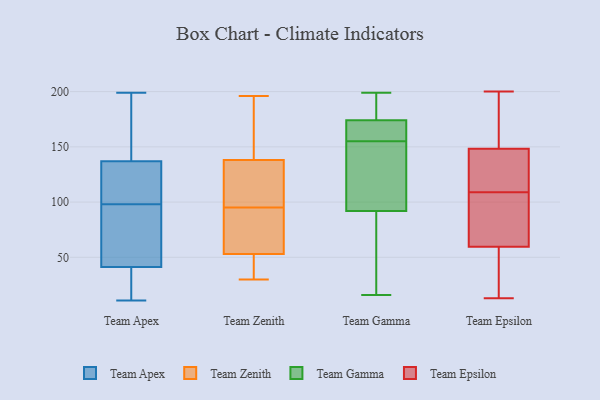
{"axis": {"x": "Satisfaction Score", "y": "Value"}, "legend": ["Team Apex", "Team Epsilon", "Team Gamma", "Team Zenith"], "data": [{"x": "", "y": 142, "type": "Team Apex"}, {"x": "", "y": 11, "type": "Team Apex"}, {"x": "", "y": 122, "type": "Team Apex"}, {"x": "", "y": 199, "type": "Team Apex"}, {"x": "", "y": 53, "type": "Team Apex"}, {"x": "", "y": 24, "type": "Team Apex"}, {"x": "", "y": 42, "type": "Team Apex"}, {"x": "", "y": 98, "type": "Team Apex"}, {"x": "", "y": 101, "type": "Team Apex"}, {"x": "", "y": 167, "type": "Team Apex"}, {"x": "", "y": 41, "type": "Team Apex"}, {"x": "", "y": 131, "type": "Team Zenith"}, {"x": "", "y": 87, "type": "Team Zenith"}, {"x": "", "y": 136, "type": "Team Zenith"}, {"x": "", "y": 53, "type": "Team Zenith"}, {"x": "", "y": 84, "type": "Team Zenith"}, {"x": "", "y": 160, "type": "Team Zenith"}, {"x": "", "y": 135, "type": "Team Zenith"}, {"x": "", "y": 56, "type": "Team Zenith"}, {"x": "", "y": 196, "type": "Team Zenith"}, {"x": "", "y": 51, "type": "Team Zenith"}, {"x": "", "y": 44, "type": "Team Zenith"}, {"x": "", "y": 140, "type": "Team Zenith"}, {"x": "", "y": 193, "type": "Team Zenith"}, {"x": "", "y": 153, "type": "Team Zenith"}, {"x": "", "y": 43, "type": "Team Zenith"}, {"x": "", "y": 53, "type": "Team Zenith"}, {"x": "", "y": 103, "type": "Team Zenith"}, {"x": "", "y": 30, "type": "Team Zenith"}, {"x": "", "y": 111, "type": "Team Zenith"}, {"x": "", "y": 61, "type": "Team Zenith"}, {"x": "", "y": 172, "type": "Team Gamma"}, {"x": "", "y": 199, "type": "Team Gamma"}, {"x": "", "y": 103, "type": "Team Gamma"}, {"x": "", "y": 155, "type": "Team Gamma"}, {"x": "", "y": 160, "type": "Team Gamma"}, {"x": "", "y": 55, "type": "Team Gamma"}, {"x": "", "y": 16, "type": "Team Gamma"}, {"x": "", "y": 103, "type": "Team Gamma"}, {"x": "", "y": 89, "type": "Team Gamma"}, {"x": "", "y": 158, "type": "Team Gamma"}, {"x": "", "y": 180, "type": "Team Gamma"}, {"x": "", "y": 189, "type": "Team Gamma"}, {"x": "", "y": 93, "type": "Team Gamma"}, {"x": "", "y": 131, "type": "Team Epsilon"}, {"x": "", "y": 140, "type": "Team Epsilon"}, {"x": "", "y": 151, "type": "Team Epsilon"}, {"x": "", "y": 67, "type": "Team Epsilon"}, {"x": "", "y": 31, "type": "Team Epsilon"}, {"x": "", "y": 122, "type": "Team Epsilon"}, {"x": "", "y": 154, "type": "Team Epsilon"}, {"x": "", "y": 13, "type": "Team Epsilon"}, {"x": "", "y": 174, "type": "Team Epsilon"}, {"x": "", "y": 171, "type": "Team Epsilon"}, {"x": "", "y": 54, "type": "Team Epsilon"}, {"x": "", "y": 57, "type": "Team Epsilon"}, {"x": "", "y": 102, "type": "Team Epsilon"}, {"x": "", "y": 78, "type": "Team Epsilon"}, {"x": "", "y": 200, "type": "Team Epsilon"}, {"x": "", "y": 84, "type": "Team Epsilon"}, {"x": "", "y": 15, "type": "Team Epsilon"}, {"x": "", "y": 109, "type": "Team Epsilon"}, {"x": "", "y": 114, "type": "Team Epsilon"}]}